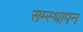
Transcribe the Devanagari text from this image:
सम्स्थापन